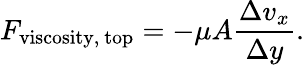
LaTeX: F_{\mathrm{viscosity,~top}}=-\mu A{\frac{\Delta v_{x}}{\Delta y}}.